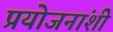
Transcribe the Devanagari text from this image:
प्रयोजनांशी